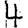
Digit: 4